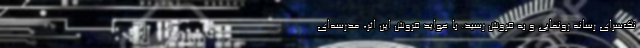
نگ‌سرای رسانه رونمایی و به فروش رسید. با عواید فروش این اثر، مدرسه‌ای